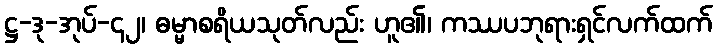
ဋ္ဌ-ဒု-အုပ်-၄၂၊ ဓမ္မာစရိယသုတ်လည်း ဟူ၏၊ ကဿပဘုရားရှင်လက်ထက်